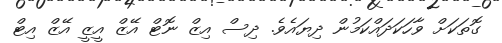
ގޮތަކަށް ވާހަކަދައްކަމުން ދިޔައެވެ. ދިސް އިޒް ނޮޓް އޭޒް އީޒީ އޭޒް އިޓް